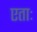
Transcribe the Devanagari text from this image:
एताः